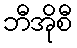
ဘီအိုစီ